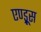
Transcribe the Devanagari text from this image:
एण्ड्रूस